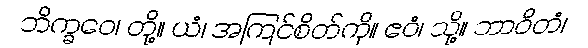
ဘိက္ခဝေ၊ တို့။ ယံ၊ အကြင်စိတ်ကို။ ဧဝံ၊ သို့။ ဘာဝိတံ၊